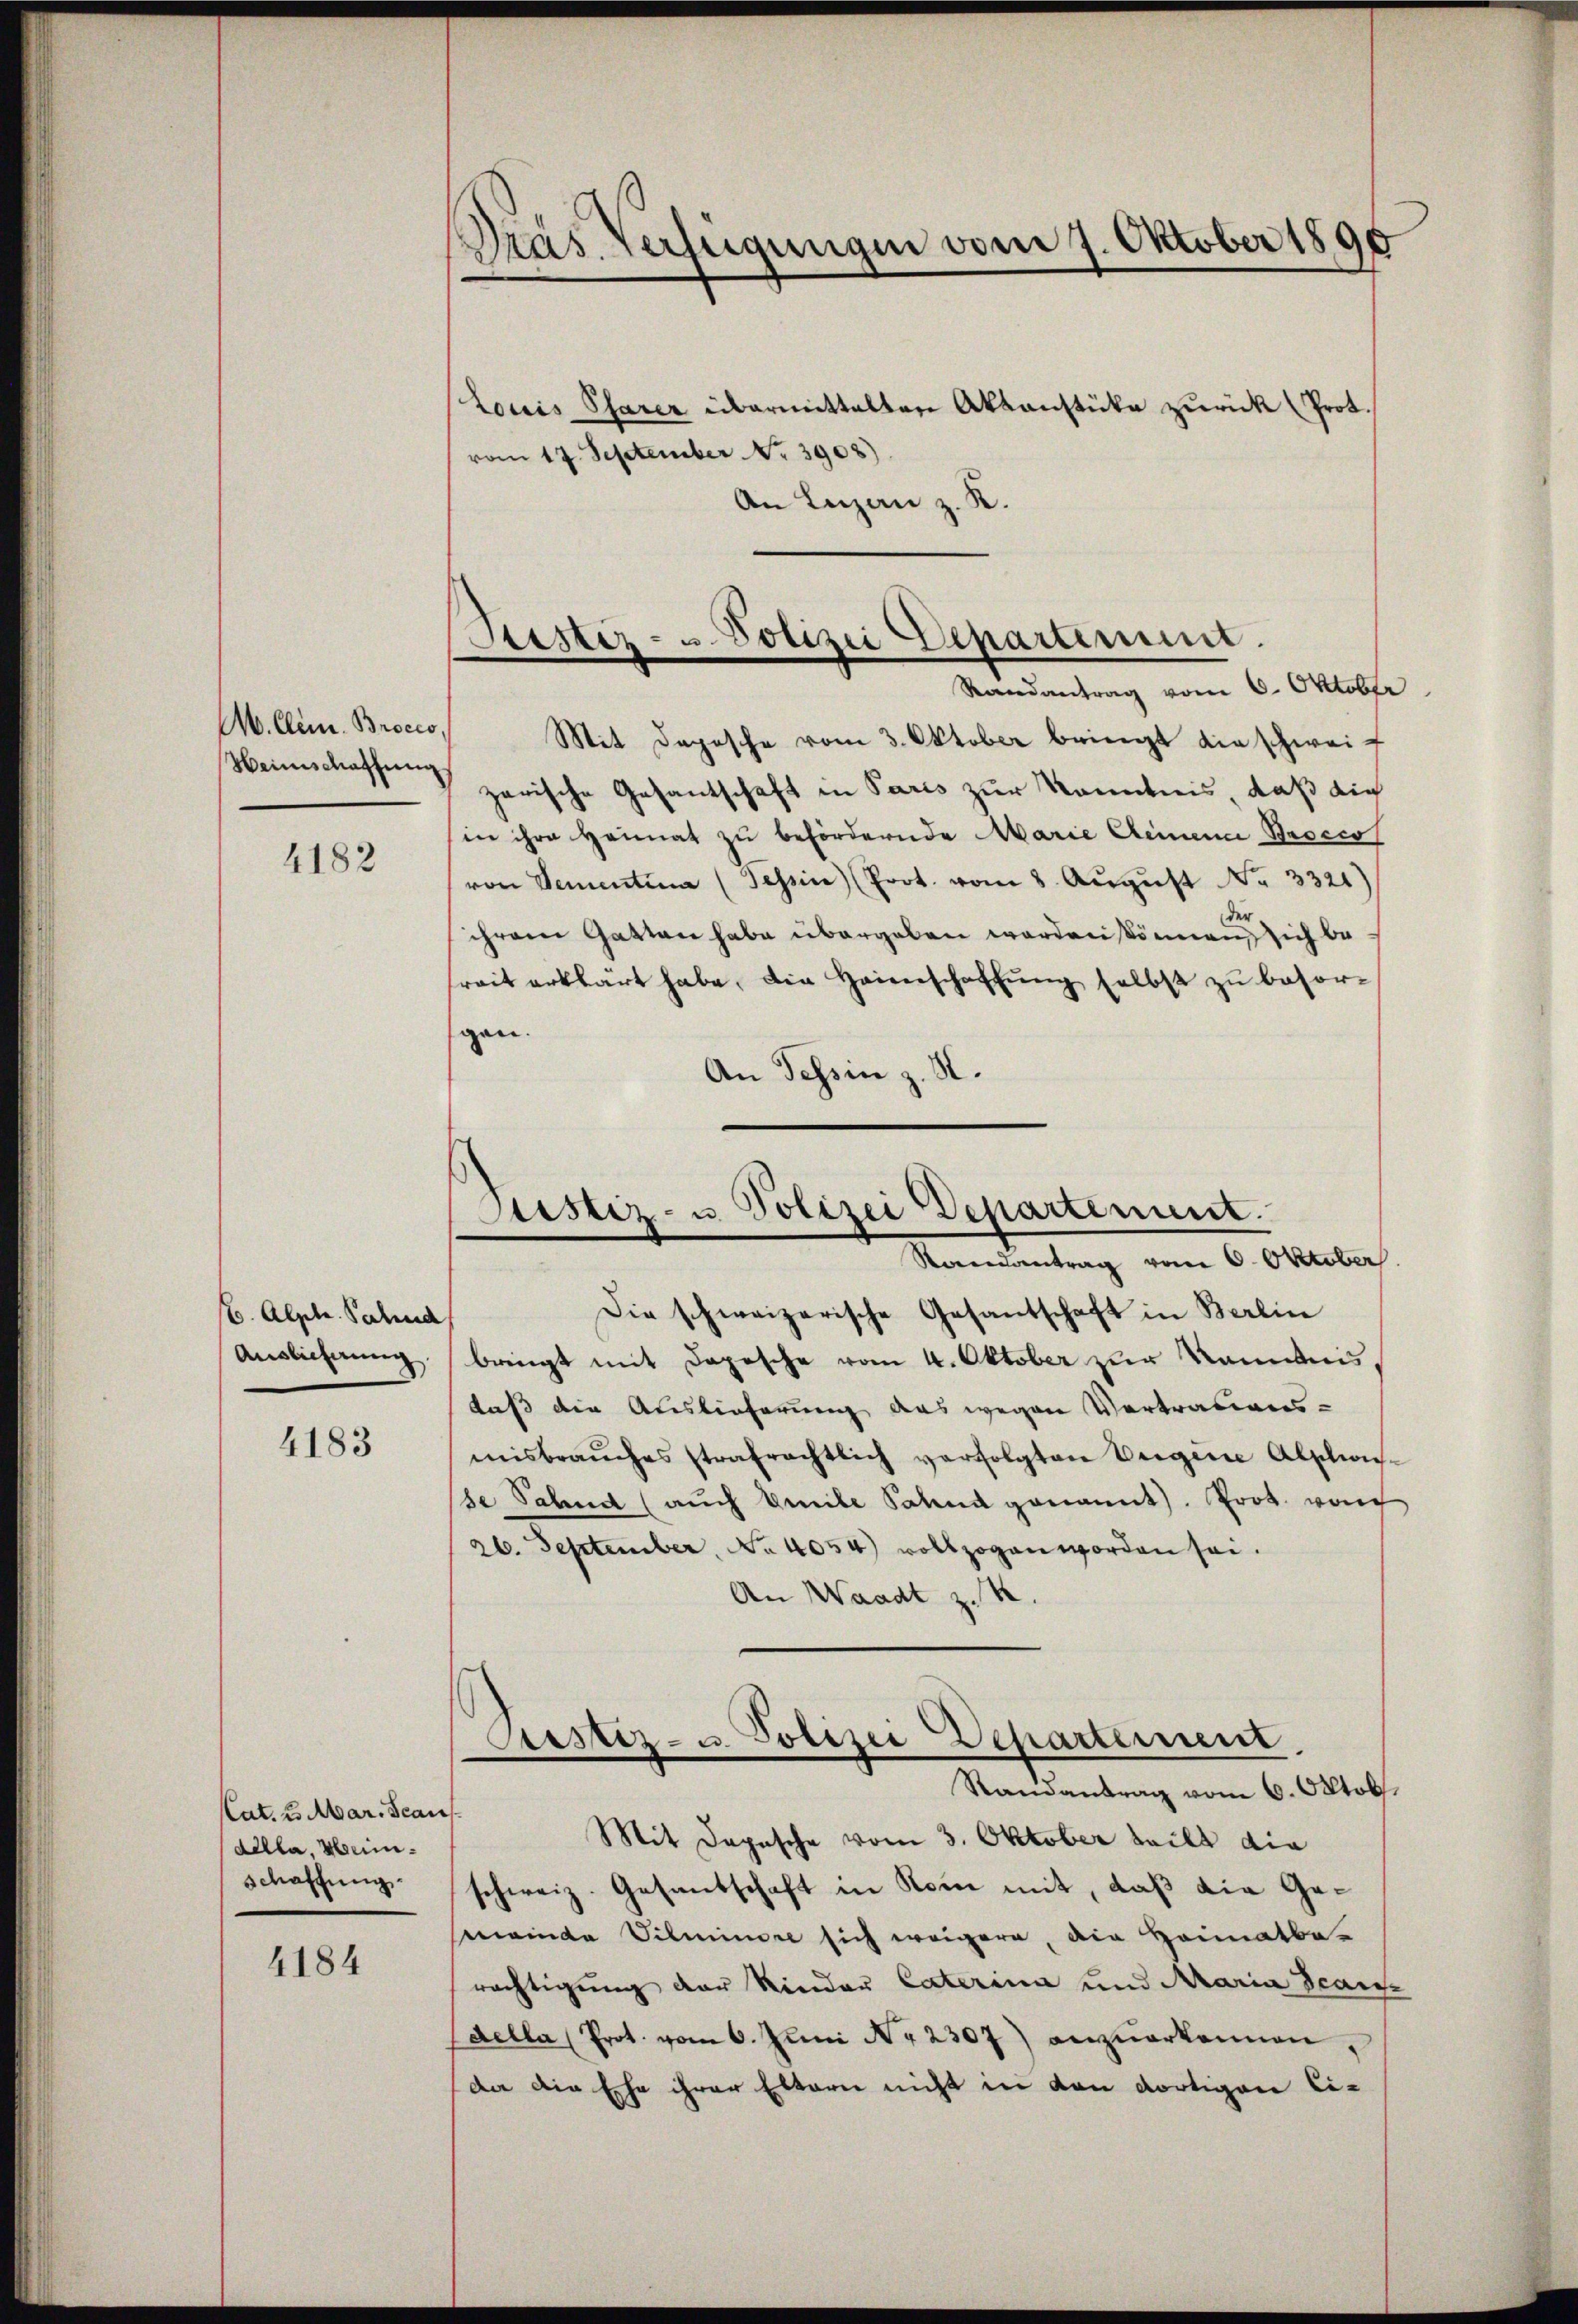
M. Clem. Brocco,
Heimschaffung

4182

6. Alptr. Sahnd
Auslieferung

4183

Cat. 2. Mar. Scans
dilla, Heinschaffung

4184

Dras Verfügungen vom 7. Oktober 1890

Louis Pfarer übermittalten Aktenstüke zurück (Prot.
vom 17. September No. 3908).
An Luzern z. K.

Mit Depesche vom 3. Oktober bringt die schweif
zarische Gesantschaft in Paris zur Kenntnis, daß die
in ihre Heimat zu befördernde Marie Clemen Brocco
von Sementina (Tessin (Prot. vom 8. Aŭgŭst No. 3321)
ihrem Gatten habe übergeben worden können sich berait erklärt habe, die Heimschaffŭng selbst zu besorgan.
An Tessin z. B.

Die schweizerische Gesantschaft in Berlin
bringt mit Depesche vom 4. Oktober zur Kenntnis,
daß die Auslieferung aus wegen Vertrauens-
misbraŭches strafrechtlich verfolgten Vergene Alptions-
se Sahnd (auch beibe Sand genannt). Prot. von
26. September, No 4054) vollzogen worden sei.
An Waadt z. B.
Pustiz- u. Polizei Departement
Randantrag vom 6. Oktob.
Mit Depesche vom 3. Oktober teilt die
schweiz. Gesantschaft in Rom mit, daß die Gemmeinde Silminore sich weigern, die Heimatbe-
rächtigung der Rinder Caterina und Maria Scanz
della (Prot. vom 6. Juni Nr 2307) anzuerkennen,
dar die Ehe ihrer Eltern nicht in von dortigen Ei¬

Kister- u Polizei Departement.
Randantrag vom 6. Oktober

Justiz- u. Polizei Departement.
Rondantrag vom 6. Oktober